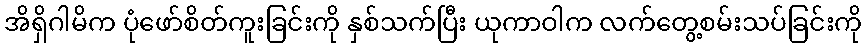
အိရှိဂါမိက ပုံဖော်စိတ်ကူးခြင်းကို နှစ်သက်ပြီး ယုကာဝါက လက်တွေ့စမ်းသပ်ခြင်းကို